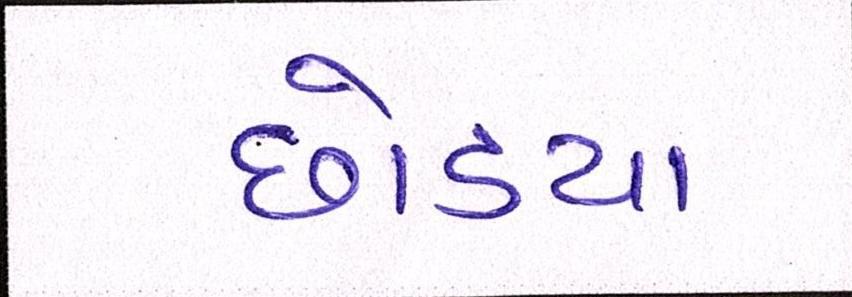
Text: છોડયા